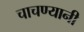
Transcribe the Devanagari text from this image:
चाचण्यानी